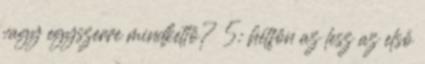
vagy egyszerre mindkettő? 5: hétfőn az lesz az első